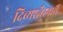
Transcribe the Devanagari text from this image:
दिव्यरत्नैरनर्घ्यैः